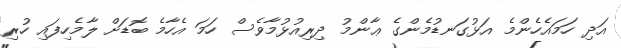
އަދި ހަމައެހެންމެ އަޅުގަނޑުމެންގެ ޢާންމު ދިރިއުޅުމާވެސް ހަމަ އެހާމެ ބޮޑަށް ލާމެހިފައި ހުރި